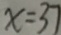
x = 3 7